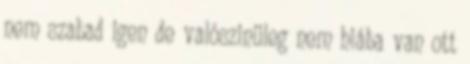
nem szabad igen de valószinüleg nem hiába van ott